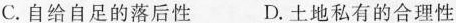
C.自给自足的落后性 D.土地私有的合理性